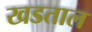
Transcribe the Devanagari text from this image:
खडताल